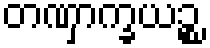
တဏှာက္ခယဉ္စ